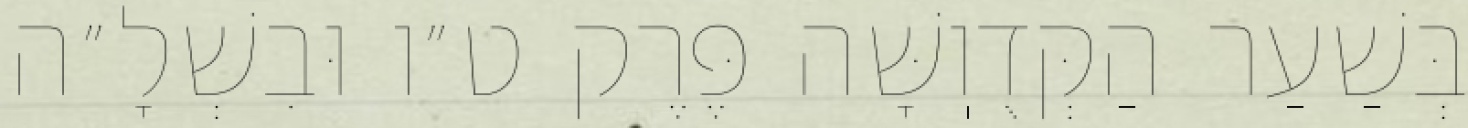
בְּשַׁעַר הַקְּדֻוֽשָּׁה פֶּרֶק ט״ו וּבִשְׁלָ״ה